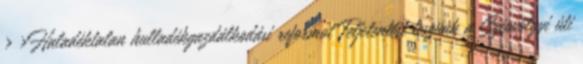
› ›Haladéktalan hulladékgazdálkodási reformot Feljelentést teszünk a Szépvölgyi úti